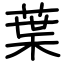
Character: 葉